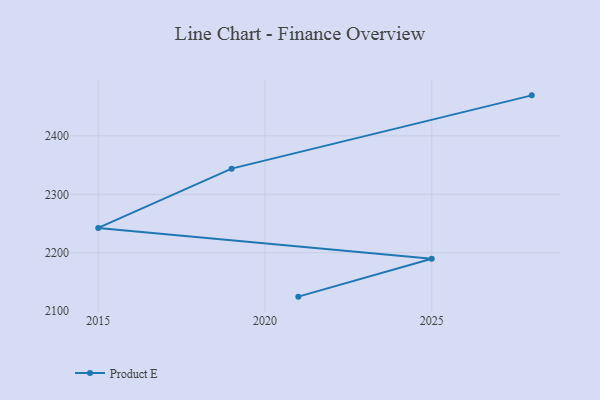
{"axis": {"x": "Year", "y": "Waste Production (Tons)"}, "legend": ["Product E"], "data": [{"x": "2028", "y": 2469.2, "type": "Product E"}, {"x": "2019", "y": 2343.9, "type": "Product E"}, {"x": "2015", "y": 2242.5, "type": "Product E"}, {"x": "2025", "y": 2189.7, "type": "Product E"}, {"x": "2021", "y": 2125.0, "type": "Product E"}]}